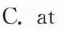
C.at